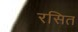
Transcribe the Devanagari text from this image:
रसित